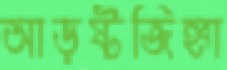
আড়ষ্টজিহ্বা